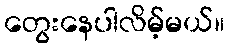
တွေးနေပါလိမ့်မယ်။